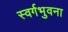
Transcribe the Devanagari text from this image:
स्वर्गभुवना